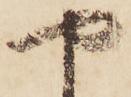
や